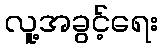
လူ့အခွင့်ရေး